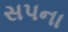
સપના